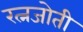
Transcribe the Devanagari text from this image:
रत्नजोती